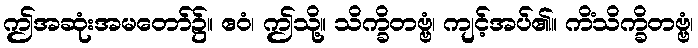
ဤအဆုံးအမတော်၌။ ဧဝံ၊ ဤသို့။ သိက္ခိတဗ္ဗံ၊ ကျင့်အပ်၏။ ကိံသိက္ခိတဗ္ဗံ၊